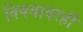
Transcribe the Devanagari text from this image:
विषयावरही